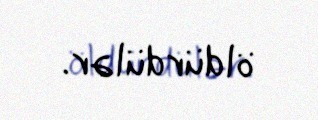
öldürdülər.